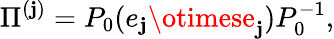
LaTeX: \Pi^{(\mathbf{j})}=P_{0}(e_{\mathbf{j}}\otimese_{\mathbf{j}})P_{0}^{-1},